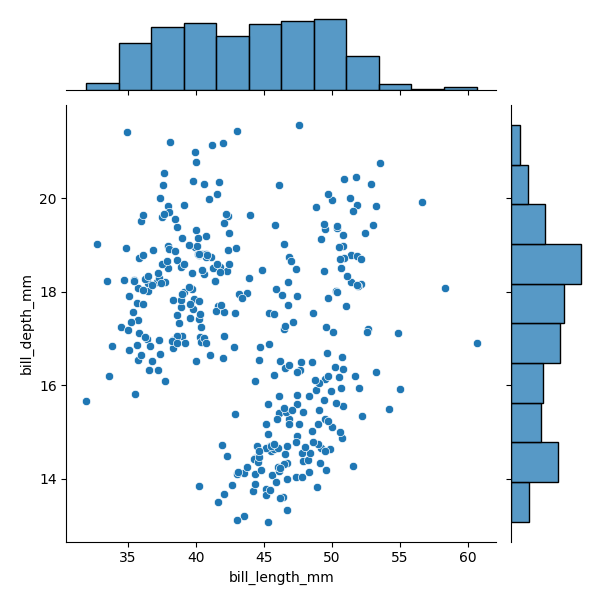
python, seaborn, JointGrid, scatterplot, histplot